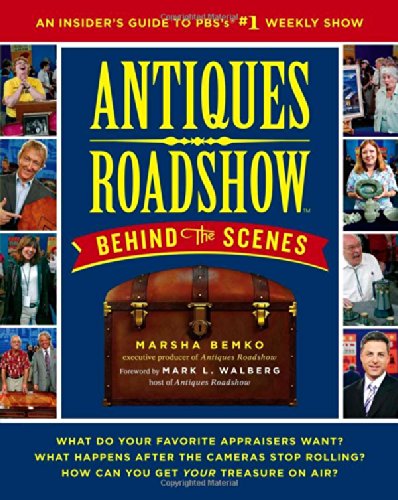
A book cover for Antiques Roadshow Behind the Scenes: An Insider's Guide to PBS's #1 Weekly Show; Marsha Bemko; Humor & Entertainment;